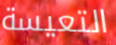
التعيسة